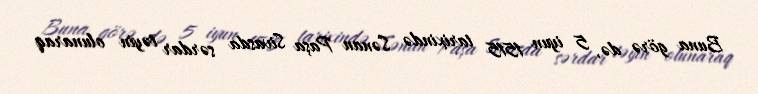
Buna görə də, 5 iyun 1515 tarixində Sənan Paşa Sivasda sərdar təyin olunaraq